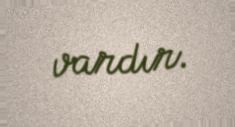
vardır.